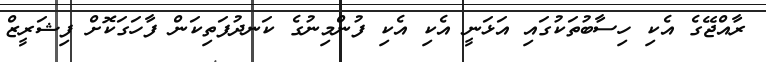
ރާއްޖޭގެ އެކި ހިސާބުތަކުގައި އަޅަނީ އެކި އެކި ފުންމިނުގެ ކަނދުފަތިކަން ފާހަގަކޮށް ފިޝަރީޒް